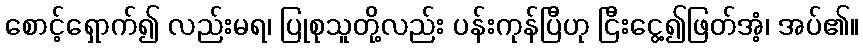
စောင့်ရှောက်၍ လည်းမရ၊ ပြုစုသူတို့လည်း ပန်းကုန်ပြီဟု ငြီးငွေ့၍ဖြတ်အံ့၊ အပ်၏။